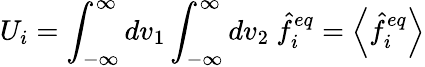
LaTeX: U_{i}=\int_{-\infty}^{\infty}dv_{1}\int_{-\infty}^{\infty}dv_{2}\ \hat{f}_{i}^{eq}=\left\langle\hat{f}_{i}^{eq}\right\rangle